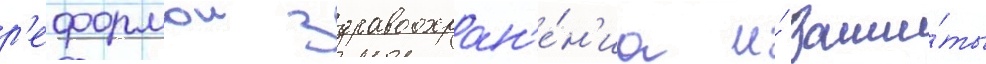
р'еформои здравоохран'е́н'иа и́ защи́ты